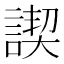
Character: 𧩶